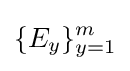
\{E_{y}\}_{y=1}^{m}